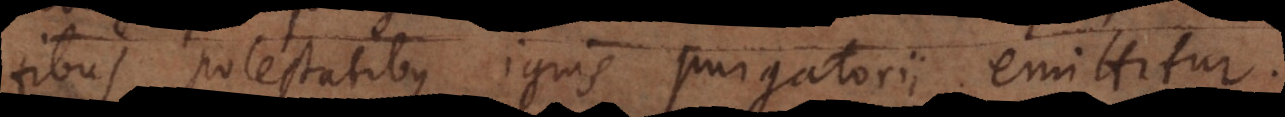
tibus potestatibus ignis purgatorii emittitur.